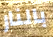
بالنار